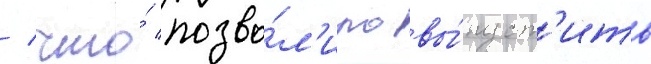
/ что́ позво́л'ило вы́пуст'ить